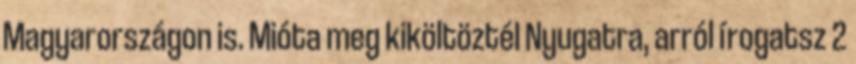
Magyarországon is. Mióta meg kiköltöztél Nyugatra, arról írogatsz 2